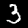
Digit: 3